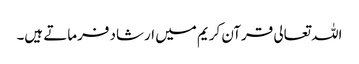
اللہ تعالی قرآن کریم میں ارشاد فرماتے ہیں۔